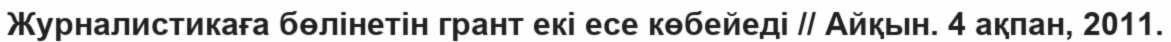
Журналистикаға бөлінетін грант екі есе көбейеді // Айқын. 4 ақпан, 2011.